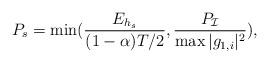
LaTeX: \begin{align*}P_{s}=\min(\frac{E_{h_{s}}}{(1-\alpha)T/2},\frac{P_{\mathcal{I}}}{\max|g_{1,i}|^2}),\end{align*}